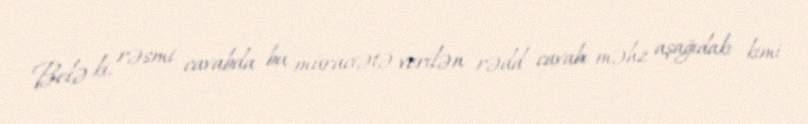
Belə ki, rəsmi cavabda bu müraciətə verilən rədd cavabı məhz aşağıdakı kimi